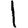
Digit: 1